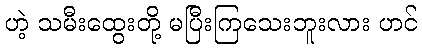
ဟဲ့ သမီးထွေးတို့ မပြီးကြသေးဘူးလား ဟင်